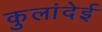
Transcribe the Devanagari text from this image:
कुलांदेई